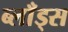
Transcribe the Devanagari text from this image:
ब्लाँड्स